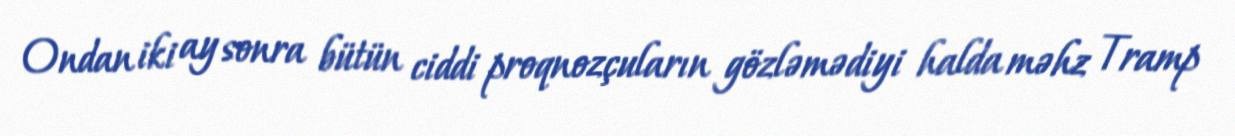
Ondan iki ay sonra bütün ciddi proqnozçuların gözləmədiyi halda məhz Tramp